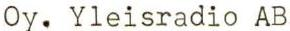
Oy. Yleisradio AB